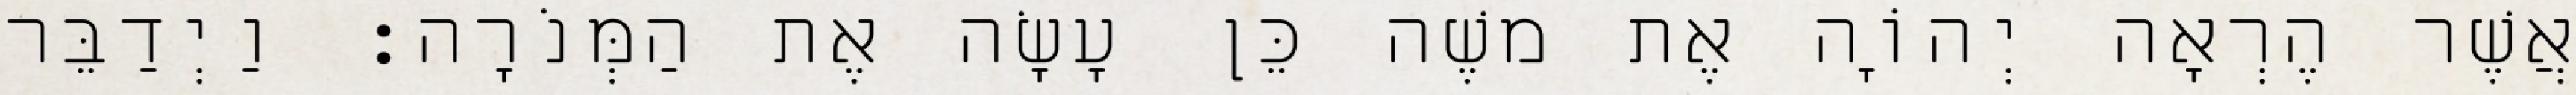
אֲשֶׁר הֶרְאָה יְהוָֹה אֶת משֶׁה כֵּן עָשָׂה אֶת הַמְּנֹרָה׃ וַיְדַבֵּר